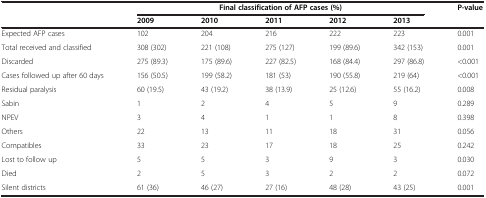
<table><thead><tr><td rowspan="2"><b> </b></td><td colspan="5"><b>Final classification of AFP cases (%)</b></td><td rowspan="2"><b>P-value</b></td></tr><tr><td><b>2009</b></td><td><b>2010</b></td><td><b>2011</b></td><td><b>2012</b></td><td><b>2013</b></td></tr></thead><tbody><tr><td>Expected AFP cases</td><td>102</td><td>204</td><td>216</td><td>222</td><td>223</td><td>0.001</td></tr><tr><td>Total received and classified</td><td>308 (302)</td><td>221 (108)</td><td>275 (127)</td><td>199 (89.6)</td><td>342 (153)</td><td>0.001</td></tr><tr><td>Discarded</td><td>275 (89.3)</td><td>175 (89.6)</td><td>227 (82.5)</td><td>168 (84.4)</td><td>297 (86.8)</td><td>&lt;0.001</td></tr><tr><td>Cases followed up after 60 days</td><td>156 (50.5)</td><td>199 (58.2)</td><td>181 (53)</td><td>190 (55.8)</td><td>219 (64)</td><td>&lt;0.001</td></tr><tr><td>Residual paralysis</td><td>60 (19.5)</td><td>43 (19.2)</td><td>38 (13.9)</td><td>25 (12.6)</td><td>55 (16.2)</td><td>0.008</td></tr><tr><td>Sabin</td><td>1</td><td>2</td><td>4</td><td>5</td><td>9</td><td>0.289</td></tr><tr><td>NPEV</td><td>3</td><td>4</td><td>1</td><td>1</td><td>8</td><td>0.398</td></tr><tr><td>Others</td><td>22</td><td>13</td><td>11</td><td>18</td><td>31</td><td>0.056</td></tr><tr><td>Compatibles</td><td>33</td><td>23</td><td>17</td><td>18</td><td>25</td><td>0.242</td></tr><tr><td>Lost to follow up</td><td>5</td><td>5</td><td>3</td><td>9</td><td>3</td><td>0.030</td></tr><tr><td>Died</td><td>2</td><td>5</td><td>3</td><td>2</td><td>2</td><td>0.072</td></tr><tr><td>Silent districts</td><td>61 (36)</td><td>46 (27)</td><td>27 (16)</td><td>48 (28)</td><td>43 (25)</td><td>0.001</td></tr></tbody></table>